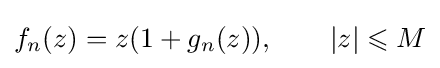
f_{n}(z)=z(1+g_{n}(z)),\qquad |z|\leqslant M